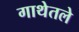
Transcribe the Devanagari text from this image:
गाथेतले